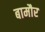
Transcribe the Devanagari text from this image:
बामौर